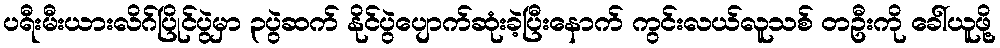
ပရီးမီးယားလိဂ်ပြိုင်ပွဲမှာ ၃ပွဲဆက် နိုင်ပွဲပျောက်ဆုံးခဲ့ပြီးနောက် ကွင်းလယ်လူသစ် တဦးကို ခေါ်ယူဖို့